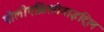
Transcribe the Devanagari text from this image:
पोलीएक्रिलोनाइट्रिल